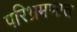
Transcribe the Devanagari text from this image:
परिभ्रमणात